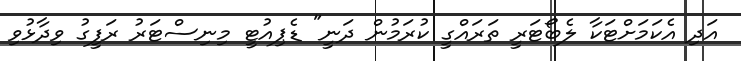
އަދި އެކަމަށްޓަކާ ލެބޯޓަރީ ތަރައްގީ ކުރަމުން ދަނީ" ޑެޕިއުޓީ މިނިސްޓަރު ރަފީގު ވިދާޅުވި